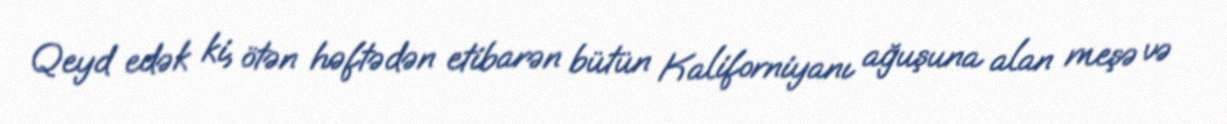
Qeyd edək ki, ötən həftədən etibarən bütün Kaliforniyanı ağuşuna alan meşə və